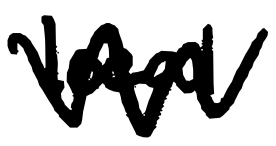
Text: local
Cross-out: zig-zag
Writing tool: digital_black